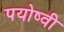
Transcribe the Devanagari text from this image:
पयोष्वी